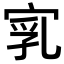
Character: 𡨻